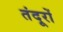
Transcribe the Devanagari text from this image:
तंदूरों